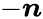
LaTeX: -\boldsymbol{n}